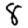
Digit: 8